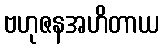
ဗဟုဇနအဟိတာယ